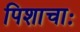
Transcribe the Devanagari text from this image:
पिशाचाः